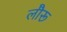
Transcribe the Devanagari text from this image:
लौरू